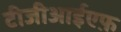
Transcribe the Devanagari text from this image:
टीजीआईएफ़